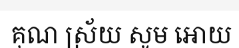
គុណ ស្រ័យ សូម អោយ